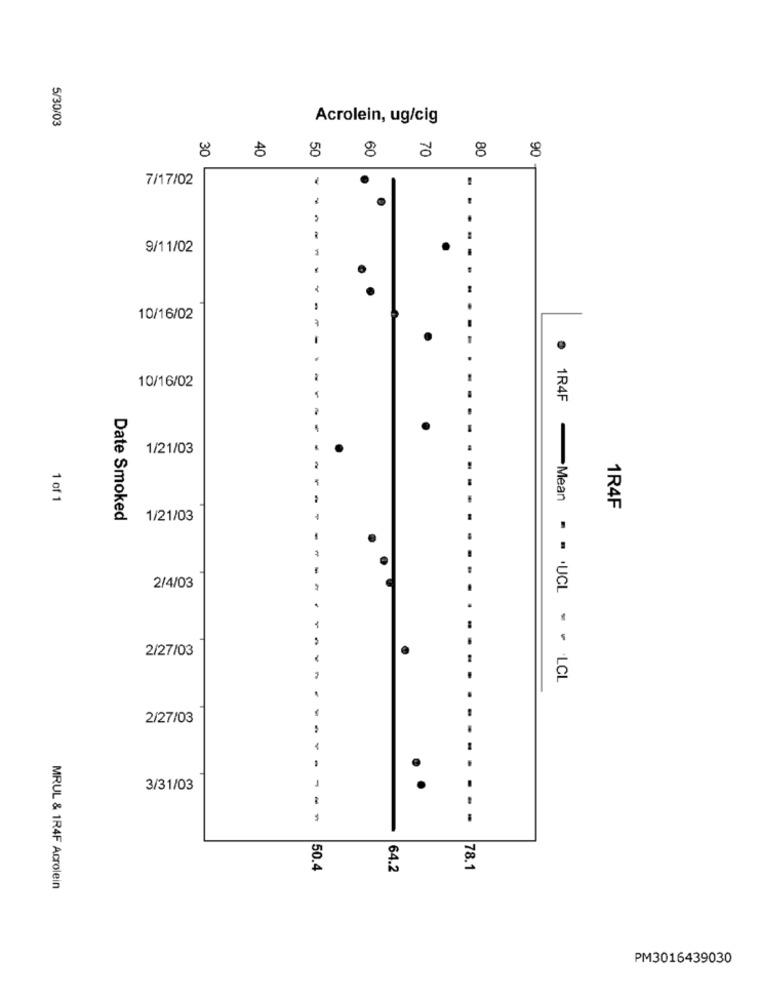
5/30/03
Acrolein, ug/cig
30
8 8
8 8 8
8 8
7/17/02
9/11/02
10/16/02
10/16/02
1R4F
.
1/21/03
1 of 1
1R4F
Date Smoked
1/21/03
2/4/03
2/27/03
-Mean = = UCL - - LCL
2/27/03
:
1
3/31/03
.
-
50.4
64.2
78.1
MRUL & 1R4F Acrolein
PM3016439030